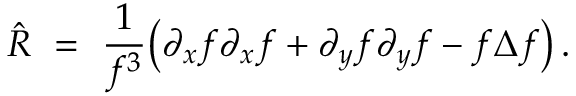
\hat { R } \ = \ \frac { 1 } { f ^ { 3 } } \big ( \partial _ { x } f \partial _ { x } f + \partial _ { y } f \partial _ { y } f - f \Delta f \big ) \, .